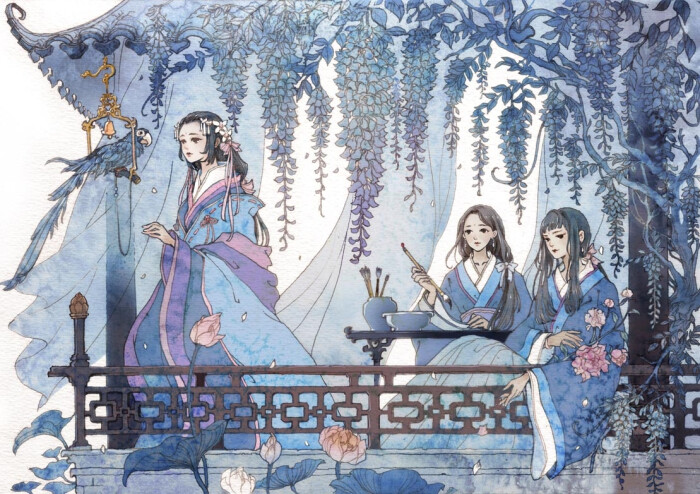
飞蓬各自远，且尽手中杯。